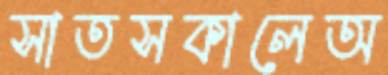
সাতসকালেঅ